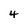
Character: 4